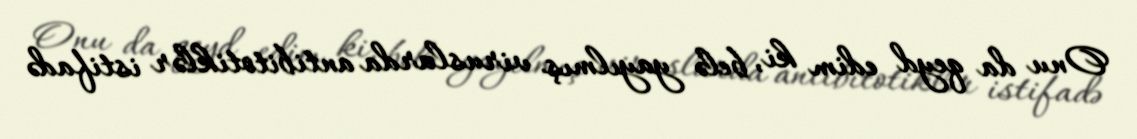
Onu da qeyd edim ki, belə yayılmış viruslarda antibitotiklər istifadə